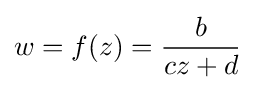
w=f(z)={\frac {b}{cz+d}}